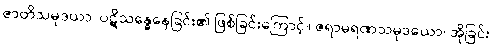
ဇာတိသမုဒယာ၊ ပဋိသန္ဓေနေခြင်း၏ ဖြစ်ခြင်းကြောင့်။ ဇရာမရဏသမုဒယော၊ အိုခြင်း